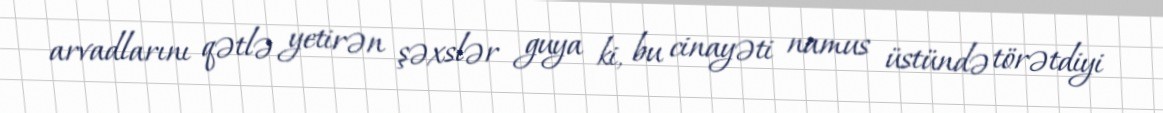
arvadlarını qətlə yetirən şəxslər guya ki, bu cinayəti namus üstündə törətdiyi